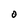
Character: O